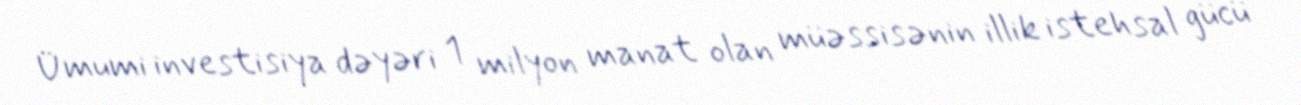
Ümumi investisiya dəyəri 1 milyon manat olan müəssisənin illik istehsal gücü